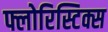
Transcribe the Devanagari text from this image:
फ्लोरिस्टिक्स